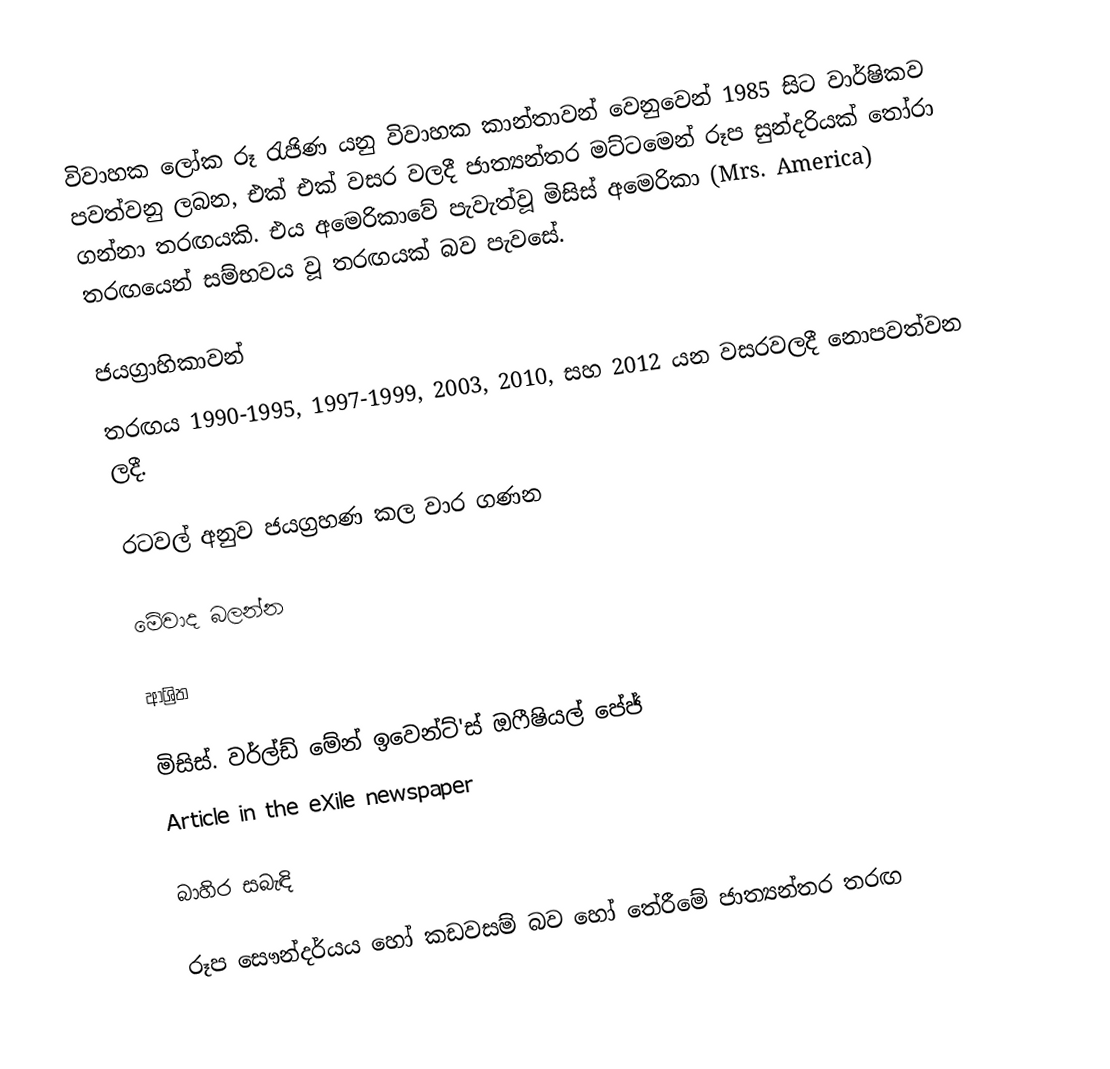
විවාහක ලෝක රූ රැජිණ යනු විවාහක කාන්තාවන් වෙනුවෙන් 1985 සිට වාර්ෂිකව පවත්වනු ලබන, එක් එක් වසර වලදී ජාත්‍යන්තර මට්ටමෙන් රූප සුන්දරියක් තෝරා ගන්නා තරඟයකි. එය අමෙරිකාවේ පැවැත්වූ මිසිස් අමෙරිකා (Mrs. America) තරඟයෙන් සම්භවය වූ තරඟයක් බව පැවසේ.

ජයග්‍රාහිකාවන්
 තරඟය 1990-1995, 1997-1999, 2003, 2010, සහ 2012 යන වසරවලදී නොපවත්වන ලදී.

රටවල් අනුව ජයග්‍රහණ කල වාර ගණන

මේවාද බලන්න

ආශ්‍රිත

  මිසිස්. වර්ල්ඩ් මේන් ඉවෙන්ට්'ස් ඔෆීෂියල් පේජ්
 Article in the eXile newspaper

බාහිර සබැඳි

රූප සෞන්දර්යය හෝ කඩවසම් බව හෝ තේරීමේ ජාත්‍යන්තර තරඟ